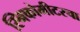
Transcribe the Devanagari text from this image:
स्निकोमीटरचा